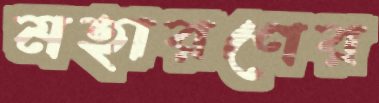
মহারণের